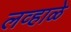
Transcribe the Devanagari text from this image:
लव्हाळे